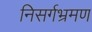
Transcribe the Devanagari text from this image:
निसर्गभ्रमण